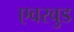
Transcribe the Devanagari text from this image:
एवरवुड